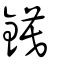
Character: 鏌